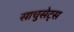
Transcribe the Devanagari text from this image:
साचुसेट्स